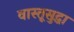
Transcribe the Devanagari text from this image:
वास्तूसुद्धा